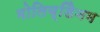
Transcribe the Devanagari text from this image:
मोलिब्डेिनम